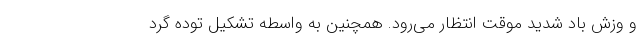
و وزش باد شدید موقت انتظار می‌رود. همچنین به واسطه تشکیل توده گرد